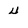
Character: 4